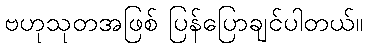
ဗဟုသုတအဖြစ် ပြန်ပြောချင်ပါတယ်။